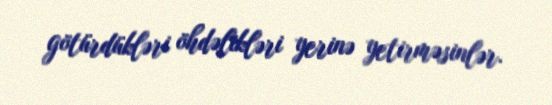
götürdükləri öhdəlikləri yerinə yetirməsinlər.